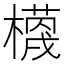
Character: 𭬗